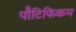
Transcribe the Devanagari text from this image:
पॉँटिफिकम